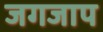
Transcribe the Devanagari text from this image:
जगजाप